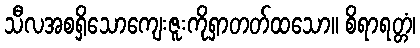
သီလအစရှိသောကျေးဇူးကိုရှာတတ်ထသော။ စိရာရတ္တံ၊